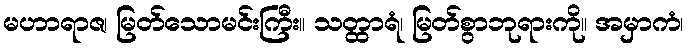
မဟာရာဇ၊ မြတ်သောမင်းကြီး။ သတ္ထာရံ၊ မြတ်စွာဘုရားကို။ အမှာကံ၊